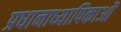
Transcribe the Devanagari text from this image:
प्रधानाध्यापिकाओं